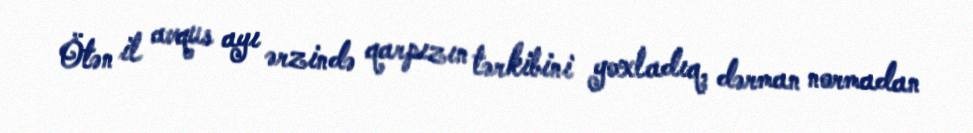
Ötən il avqus ayı ərzində qarpızın tərkibini yoxladıq, dərman normadan